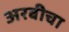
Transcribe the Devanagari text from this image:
अरबीचा